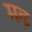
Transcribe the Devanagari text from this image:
मढ़़